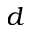
d